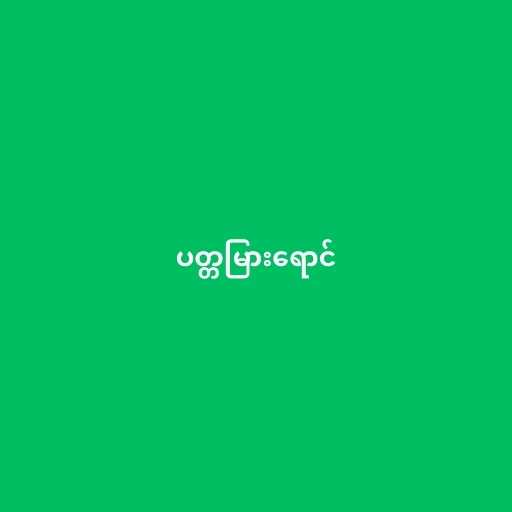
ပတ္တမြားရောင်